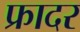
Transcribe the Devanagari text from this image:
फ्रादर